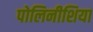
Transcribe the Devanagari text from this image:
पोलिनीशिया